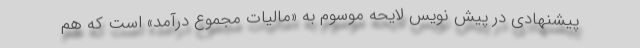
پیشنهادی در پیش نویس لایحه موسوم به «مالیات مجموع درآمد» است که هم